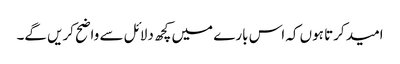
امید کرتا ہوں کہ اس بارے میں کچھ دلائل سے واضح کریں گے۔